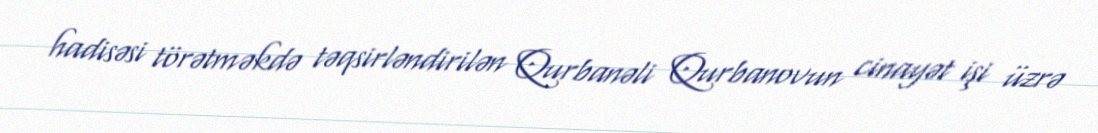
hadisəsi törətməkdə təqsirləndirilən Qurbanəli Qurbanovun cinayət işi üzrə